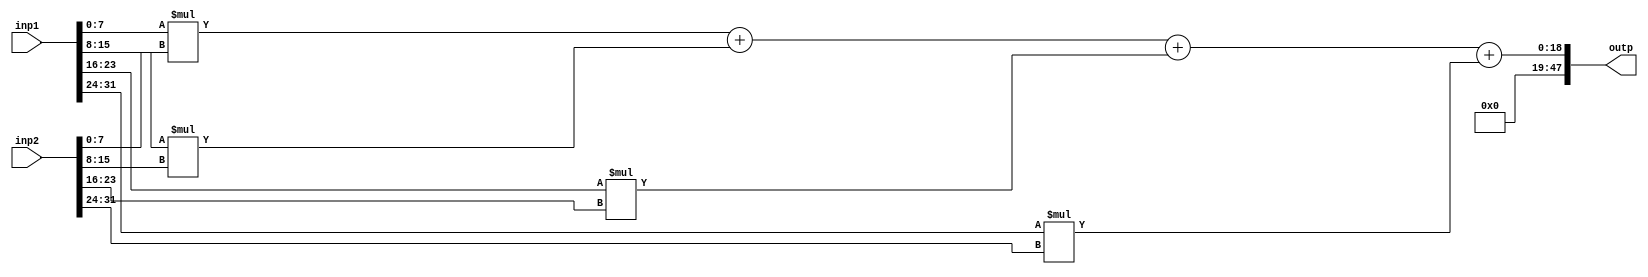
`timescale 1ps/1ps
module inner_product
  #(parameter
      N = 4,
      DW = 8
  )
  (
      input wire[(DW * N) -1 : 0] inp1,
      input wire[(DW * N) -1 : 0] inp2,
      output wire[(2*DW + $bits(N)) - 1 : 0] outp
  );

  //locals
  genvar i;
  wire [(2*DW + $bits(N)) - 1 : 0] sums[0 : N - 1]; // intermediate product sums

  ///compute
  assign sums[0] = inp1[DW - 1 : 0] * inp2[DW - 1 : 0];

  generate 
      for (i = 1; i < N; i = i + 1) begin: sum_loop
          assign sums[i] = sums[i-1] + inp1[ (i + 1) * DW - 1 : i * DW ] * inp2[ (i + 1) * DW - 1 : i * DW ];
      end
  endgenerate

  assign outp = sums[N-1]; 


endmodule

// Verilog testbench

`define DATA_WIDTH 2
`define NUM_ELEMS  5

module inner_product_tb ();

	// note this only runs for 50 cycles with the below settings
	// alter TB_TIMEOUT to run longer
	localparam TB_TIMEOUT    = 100000;
	localparam TB_CLK_PERIOD = 2000;
	localparam TB_RST_PERIOD = 4000;

	initial  #(TB_TIMEOUT) $finish();

	// clock
	reg tb_clk = 1'b0;
	always #(TB_CLK_PERIOD/2) tb_clk = ~tb_clk;


	// DUT
	wire [(2*`DATA_WIDTH + $bits(`NUM_ELEMS)) - 1  : 0] outp;
	wire [(`NUM_ELEMS * `DATA_WIDTH) - 1 : 0] inps;

	inner_product_test #(
		.data_width(`DATA_WIDTH),
		.num_elems(`NUM_ELEMS)
	) my_inner_product_test (
		.clk(tb_clk),
		.outp(outp),
		.outp_inps(inps) // the count
		);
	// display inputs and output on each clock cycle
	always @(posedge tb_clk) begin
		$display("inps = ", inps, " => outp = ", outp);
	end

endmodule

module inner_product_test
  #(parameter 
      num_elems = 4,
      data_width = 8)
  (
      input wire clk,
      output wire [(2*data_width + $bits(num_elems)) - 1  : 0] outp,
      output wire [num_elems * data_width - 1 : 0] outp_inps
  );

  localparam
      num_bits = data_width * num_elems;

      //counter 
      reg [num_bits - 1 : 0] count;
      initial begin
          count = 0;
      end
      always @ (posedge clk)
          count <= count + 1;
      assign outp_inps = count;

      // instantiate 
      inner_product
          #(
                .N(num_elems),
                .DW(data_width)
          ) my_inner_product (
                .inp1(count),
                .inp2(count), // takes in count as 2 inputs 
                .outp(outp)
          );

endmodule